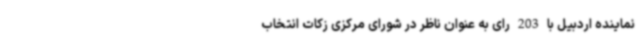
نماینده اردبیل با 203 رای به عنوان ناظر در شورای مرکزی زکات انتخاب